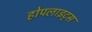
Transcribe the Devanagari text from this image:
होपलाइट्स